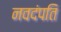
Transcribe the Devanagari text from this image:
नवदंपति